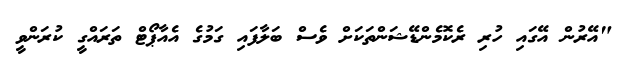
"އޭރުން އޭގައި ހުރި ރެކޮމެންޑޭޝަންތަކަށް ވެސް ބަލާފައި ގަމުގެ އެއާޕޯޓް ތަރައްގީ ކުރަންވީ